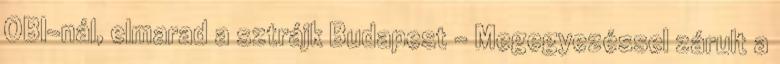
OBI-nál, elmarad a sztrájk Budapest – Megegyezéssel zárult a